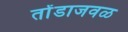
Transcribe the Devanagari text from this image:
तोंडाजवळ